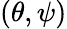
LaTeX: (\theta,\psi)